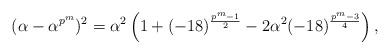
LaTeX: \begin{align*} (\alpha - \alpha^{p^m} )^2 &= \alpha^2\left(1 + (-18)^{\frac{p^m-1}{2}} - 2\alpha^2(-18)^{\frac{p^m-3}{4}}\right) ,\end{align*}